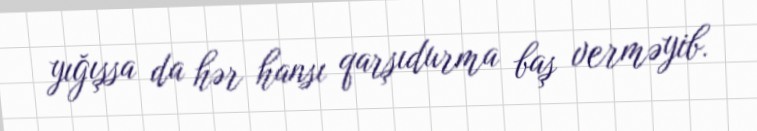
yığışsa da hər hansı qarşıdurma baş verməyib.